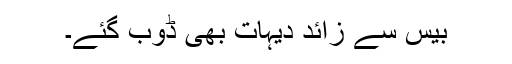
بیس سے زائد دیہات بھی ڈوب گئے۔